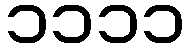
၁၁၁၁